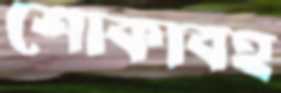
শোকাবহ